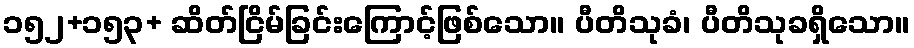
၁၅၂+၁၅၃+ ဆိတ်ငြိမ်ခြင်းကြောင့်ဖြစ်သော။ ပီတိသုခံ၊ ပီတိသုခရှိသော။